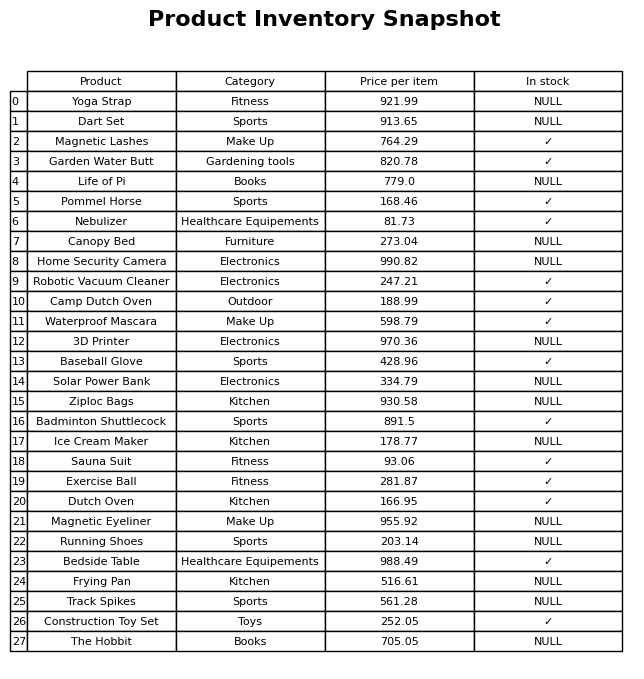
question: What is the price of the Frying Pan?
answer: The price of Frying Pan is 516.61.